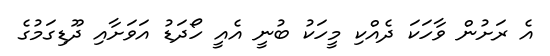
އެ ރަށުން ވާހަކަ ދެއްކި މީހަކު ބުނީ އެއީ ހޯދަޑު އަވަށާއި ދޫޑިގަމުގެ